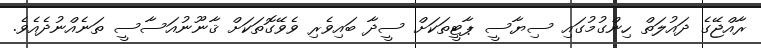
ރާއްޖޭގެ ދައުލަތް ހިންގުމުގައި ސިޔާސީ ޕާޓީތަކަށް ސީދާ ބައިވެރި ވެވޭގޮތަކަށް ޤާނޫނުއަސާސީ ތަނެއްނުދެއެވެ.